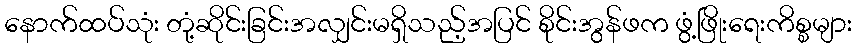
နောက်ထပ်သုံး တုံ့ဆိုင်းခြင်းအလျှင်းမရှိသည့်အပြင် စိုင်းအွန်ဖက ဖွံ့ဖြိုးရေးကိစ္စများ